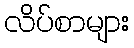
လိပ်စာများ